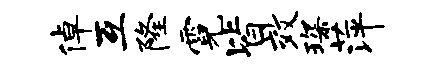
倬互隆霓皆效琛萍